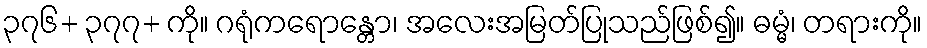
၃၇၆+ ၃၇၇+ ကို။ ဂရုံကရောန္တော၊ အလေးအမြတ်ပြုသည်ဖြစ်၍။ ဓမ္မံ၊ တရားကို။